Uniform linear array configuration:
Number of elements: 16
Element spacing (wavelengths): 0.5
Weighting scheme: hamming
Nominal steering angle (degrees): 30
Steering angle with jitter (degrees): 31.856
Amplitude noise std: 0.05
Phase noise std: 0.05

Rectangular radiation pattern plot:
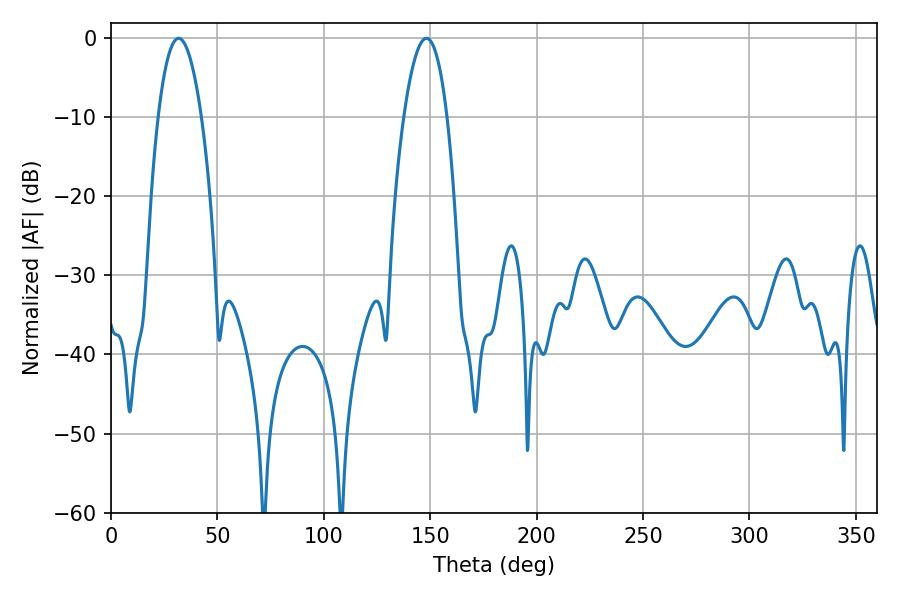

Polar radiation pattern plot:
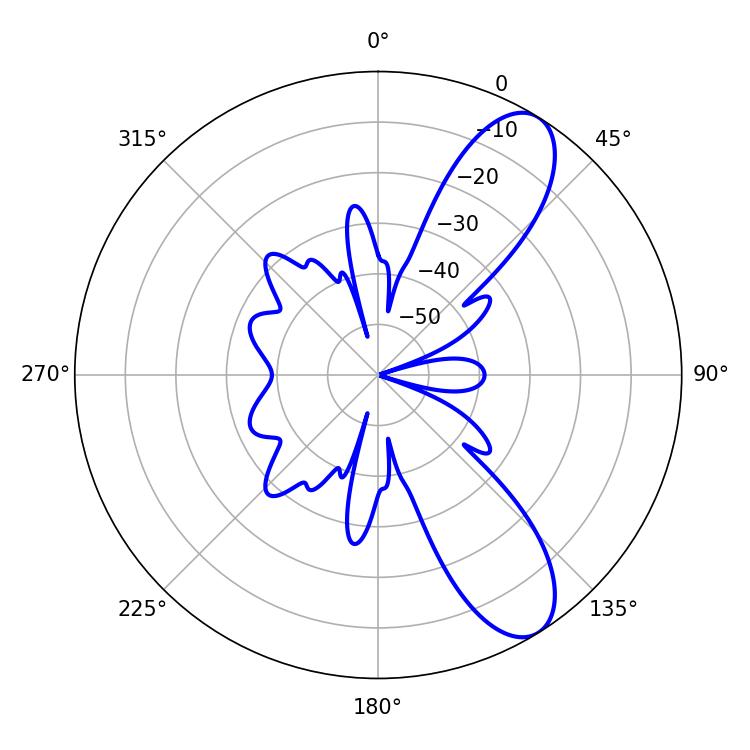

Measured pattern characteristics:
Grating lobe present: FALSE
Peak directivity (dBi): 9.555
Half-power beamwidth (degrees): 11.34
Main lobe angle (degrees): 31.86